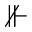
\nVdash